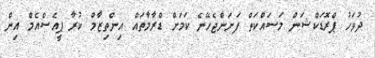
ދުވަހު ޕްރޮޑަކްޝަން މަސައްކަތް ފަށަންޖެހޭނެ ކަމަށް ޑްރާމާތައް އިންތިޒާމް ކުރާ ޕީއެސްއެމް އިން